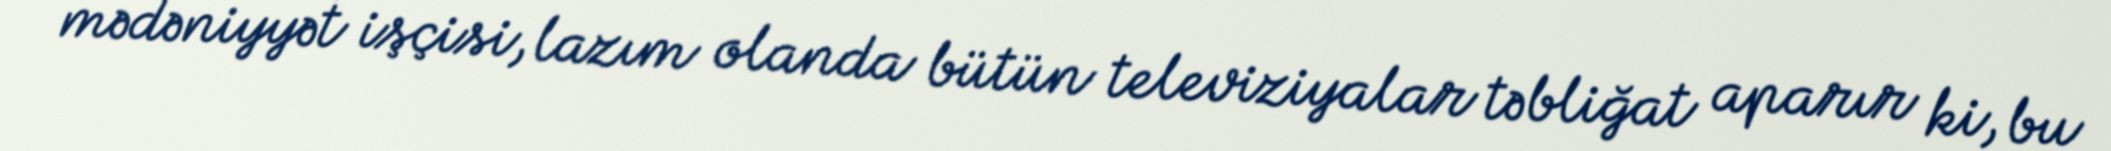
mədəniyyət işçisi, lazım olanda bütün televiziyalar təbliğat aparır ki, bu